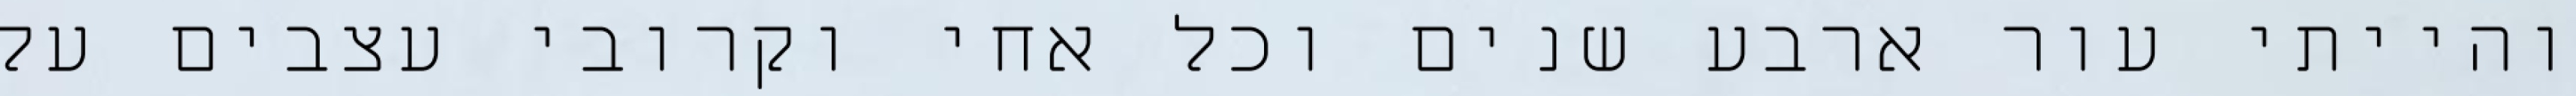
והייתי עור ארבע שנים וכל אחי וקרובי עצבים על